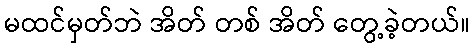
မထင်မှတ်ဘဲ အိတ် တစ် အိတ် တွေ့ခဲ့တယ်။